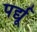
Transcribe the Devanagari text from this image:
पर्द्यू